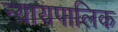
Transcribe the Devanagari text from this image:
न्यायपालिक